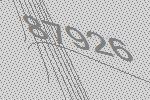
87926